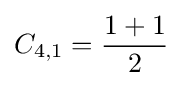
C_{4,1}={\frac {1+1}{2}}